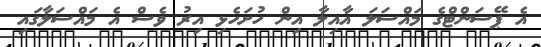
އެ ޕޭސަންޓްގެ މައްސަލަ އާއިލާ އިން ހުށަހެޅި އިރު ވެސް އެ މައްސަލާގައި